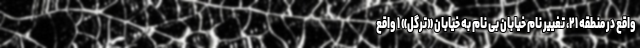
واقع در منطقه ۲۱، تغییر نام خیابان بی نام به خیابان «ترگل» ۱ واقع